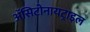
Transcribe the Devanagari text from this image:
ॲसिटोनायट्राइल